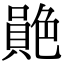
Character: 𦫮